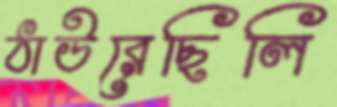
ঠাউরেছিলি